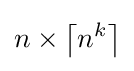
n\times \left\lceil n^{k}\right\rceil